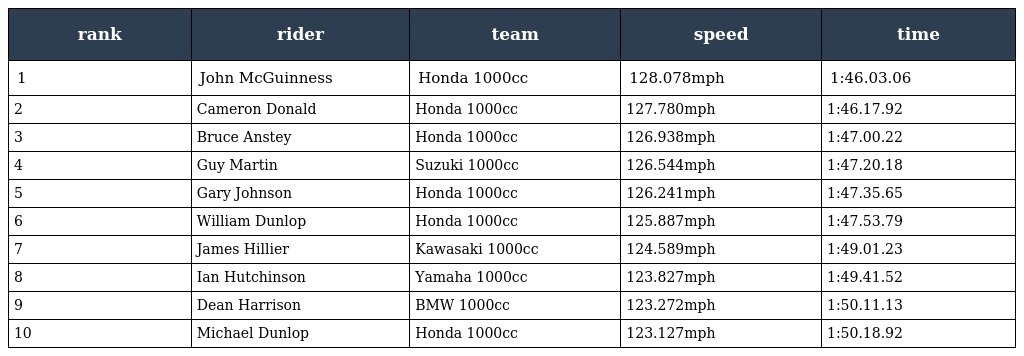
| rank | rider | team | speed | time |
 | --- | --- | --- | --- | --- |
 | 1 | John McGuinness | Honda 1000cc | 128.078mph | 1:46.03.06 |
 | 2 | Cameron Donald | Honda 1000cc | 127.780mph | 1:46.17.92 |
 | 3 | Bruce Anstey | Honda 1000cc | 126.938mph | 1:47.00.22 |
 | 4 | Guy Martin | Suzuki 1000cc | 126.544mph | 1:47.20.18 |
 | 5 | Gary Johnson | Honda 1000cc | 126.241mph | 1:47.35.65 |
 | 6 | William Dunlop | Honda 1000cc | 125.887mph | 1:47.53.79 |
 | 7 | James Hillier | Kawasaki 1000cc | 124.589mph | 1:49.01.23 |
 | 8 | Ian Hutchinson | Yamaha 1000cc | 123.827mph | 1:49.41.52 |
 | 9 | Dean Harrison | BMW 1000cc | 123.272mph | 1:50.11.13 |
 | 10 | Michael Dunlop | Honda 1000cc | 123.127mph | 1:50.18.92 |